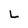
Character: L